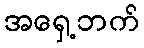
အရှေ့ဘက်